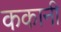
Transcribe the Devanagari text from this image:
ककानी